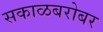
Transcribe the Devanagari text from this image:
सकाळबरोबर